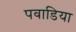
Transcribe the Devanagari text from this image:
पवाडिया